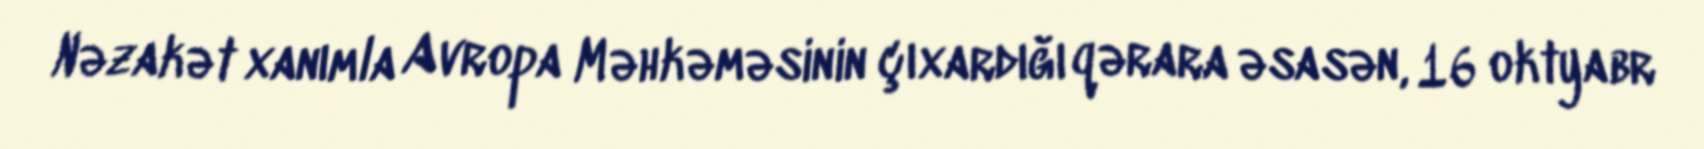
Nəzakət xanımla Avropa Məhkəməsinin çıxardığı qərara əsasən, 16 oktyabr